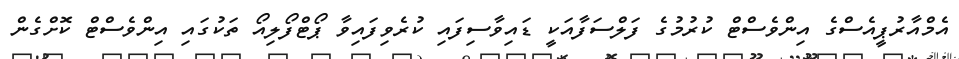
އެމްއާރުޕީއެސްގެ އިންވެސްޓް ކުރުމުގެ ފަލްސަފާއަކީ ޑައިވާސިފައި ކުރެވިފައިވާ ޕޯޓްފޯލިއޯ ތަކުގައި އިންވެސްޓް ކޮށްގެން